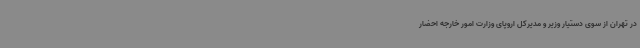
در تهران از سوی دستیار وزیر و مدیرکل اروپای وزارت امور خارجه احضار